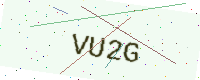
Text: VU2G